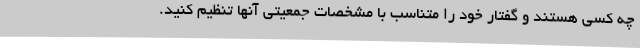
چه کسی هستند و گفتار خود را متناسب با مشخصات جمعیتی آنها تنظیم کنید.